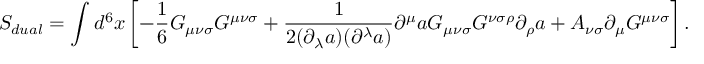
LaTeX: S _ { d u a l } = \int d ^ { 6 } x \left[ - { \frac 1 6 } G _ { { \mu } { \nu } { \sigma } } G ^ { { \mu } { \nu } { \sigma } } + \frac { 1 } { 2 ( { \partial } _ { \lambda } a ) ( { \partial } ^ { \lambda } a ) } { \partial } ^ { \mu } a { \cal G } _ { { \mu } { \nu } { \sigma } } { \cal G } ^ { { \nu } { \sigma } { \rho } } { \partial } _ { \rho } a + A _ { { \nu } { \sigma } } { \partial } _ { { \mu } } G ^ { { \mu } { \nu } { \sigma } } \right] .